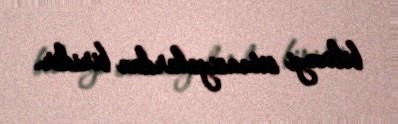
biləcəyi situasiyalardan biridir.